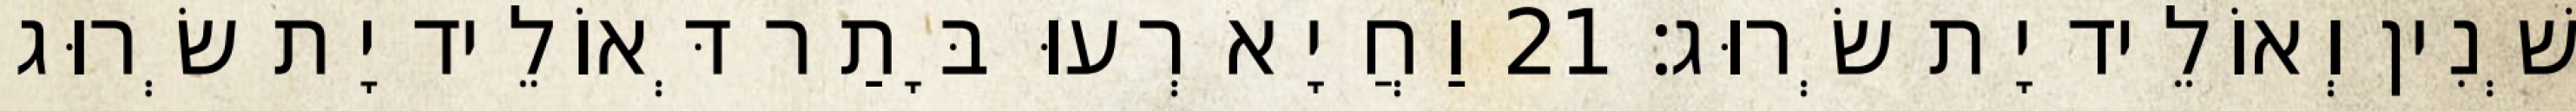
שְׁנִין וְאוֹלֵיד יָת שְׂרוּג׃ 21 וַחֲיָא רְעוּ בָּתַר דְּאוֹלֵיד יָת שְׂרוּג